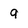
Character: 9